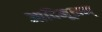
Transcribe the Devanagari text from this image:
आदिमूलम्